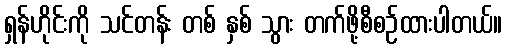
ရှန်ဟိုင်းကို သင်တန်း တစ် နှစ် သွား တက်ဖို့စီစဉ်ထားပါတယ်။